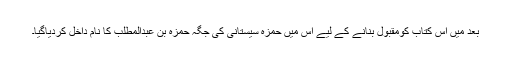
بعد میں اس کتاب کومقبول بنانے کے لیے اس میں حمزہ سیستانی کی جگہ حمزہ بن عبدالمطّلب کا نام داخل کردیاگیا۔